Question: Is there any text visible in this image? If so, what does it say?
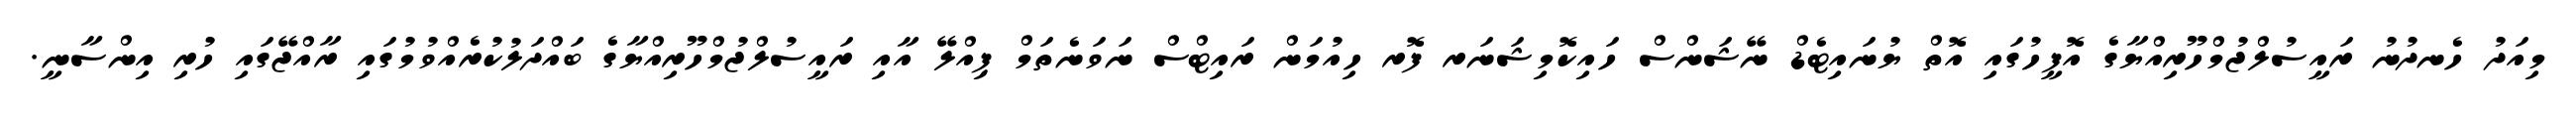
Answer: މިއަދު ހެނދުނު ރައީސުލްޖުމްހޫރިއްޔާގެ އޮފީހުގައި އޮތް ޔުނައިޓެޑް ނޭޝަންސް ހައިކޮމިޝަނަރ ފޮރ ހިއުމަން ރައިޓްސް ނަވަނެތަމް ޕިއްލޭ އާއި ރައީސުލްޖުމްހޫރިއްޔާގެ ބައްދަލުކުރެއްވުމުގައި ރާއްޖޭގައި ހުރި އިންސާނީ.